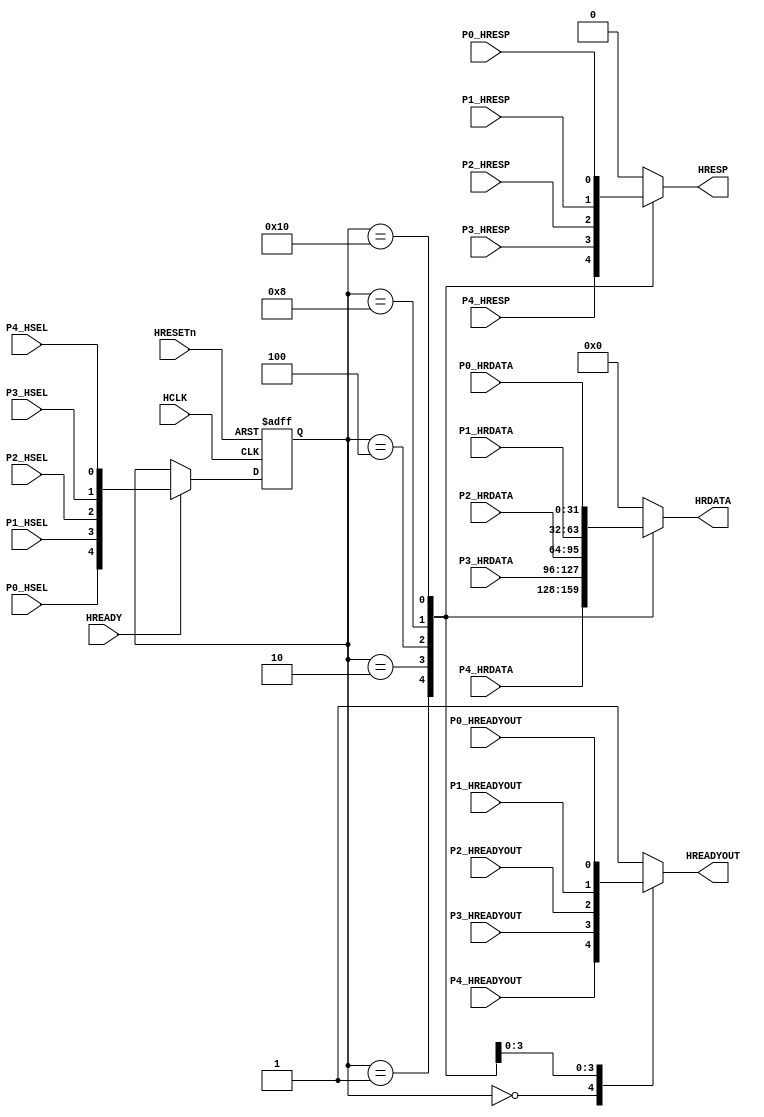
// This program was cloned from: https://github.com/flyjancy/CortexM0_SoC_Task
// License: MIT License

module AHBlite_SlaveMUX (

    input HCLK,
    input HRESETn,
    input HREADY,

    //port 0
    input P0_HSEL,
    input P0_HREADYOUT,
    input P0_HRESP,
    input [31:0] P0_HRDATA,

    //port 1
    input P1_HSEL,
    input P1_HREADYOUT,
    input P1_HRESP,
    input [31:0] P1_HRDATA,

    //port 2
    input P2_HSEL,
    input P2_HREADYOUT,
    input P2_HRESP,
    input [31:0] P2_HRDATA,

    //port 3
    input P3_HSEL,
    input P3_HREADYOUT,
    input P3_HRESP,
    input [31:0] P3_HRDATA,

    //port 4
    input P4_HSEL,
    input P4_HREADYOUT,
    input P4_HRESP,
    input [31:0] P4_HRDATA,

    //output
    output wire HREADYOUT,
    output wire HRESP,
    output wire [31:0] HRDATA
);

//reg the hsel
reg [4:0] hsel_reg;

always@(posedge HCLK or negedge HRESETn) begin
    if(~HRESETn) hsel_reg <= 5'b00000;
    else if(HREADY) hsel_reg <= {P0_HSEL,P1_HSEL,P2_HSEL,P3_HSEL,P4_HSEL};
end

//hready mux
reg hready_mux;

always@(*) begin
    case(hsel_reg)
    5'b00000 : begin hready_mux = P4_HREADYOUT;end
    5'b00010 : begin hready_mux = P3_HREADYOUT;end
    5'b00100 : begin hready_mux = P2_HREADYOUT;end
    5'b01000 : begin hready_mux = P1_HREADYOUT;end
    5'b10000 : begin hready_mux = P0_HREADYOUT;end
    default : begin hready_mux = 1'b1;end
    endcase
end

assign HREADYOUT = hready_mux;

//hresp mux
reg hresp_mux;

always@(*) begin
    case(hsel_reg)
    5'b00001 : begin hresp_mux = P4_HRESP;end
    5'b00010 : begin hresp_mux = P3_HRESP;end
    5'b00100 : begin hresp_mux = P2_HRESP;end
    5'b01000 : begin hresp_mux = P1_HRESP;end
    5'b10000 : begin hresp_mux = P0_HRESP;end
    default : begin hresp_mux = 1'b0;end
    endcase
end

assign HRESP = hresp_mux;

//hrdata mux
reg [31:0] hrdata_mux;

always@(*) begin
    case(hsel_reg)
    5'b00001 : begin hrdata_mux = P4_HRDATA;end
    5'b00010 : begin hrdata_mux = P3_HRDATA;end
    5'b00100 : begin hrdata_mux = P2_HRDATA;end
    5'b01000 : begin hrdata_mux = P1_HRDATA;end
    5'b10000 : begin hrdata_mux = P0_HRDATA;end
    default : begin hrdata_mux = 32'b0;end
    endcase
end

assign HRDATA = hrdata_mux;

endmodule